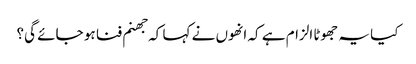
کیا یہ جھوٹا الزام ہے کہ انھوں نے کہا کہ جھنم فنا ہو جائے گی؟